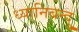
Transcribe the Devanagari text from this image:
ध्यानिबन्दु